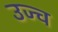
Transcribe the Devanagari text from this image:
उज्च